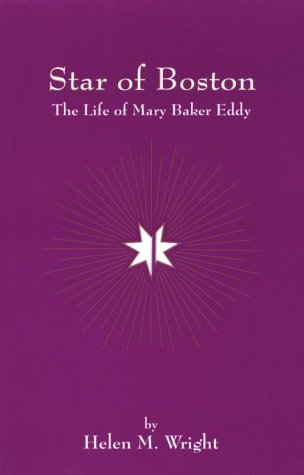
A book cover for Star of Boston; Helen M. Wright; Christian Books & Bibles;